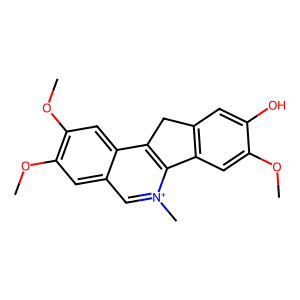
SMILES: COc1cc2c(cc1O)Cc1c-2[n+](C)cc2cc(OC)c(OC)cc12
Inhibits HIV replication: No